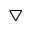
\bigtriangledown